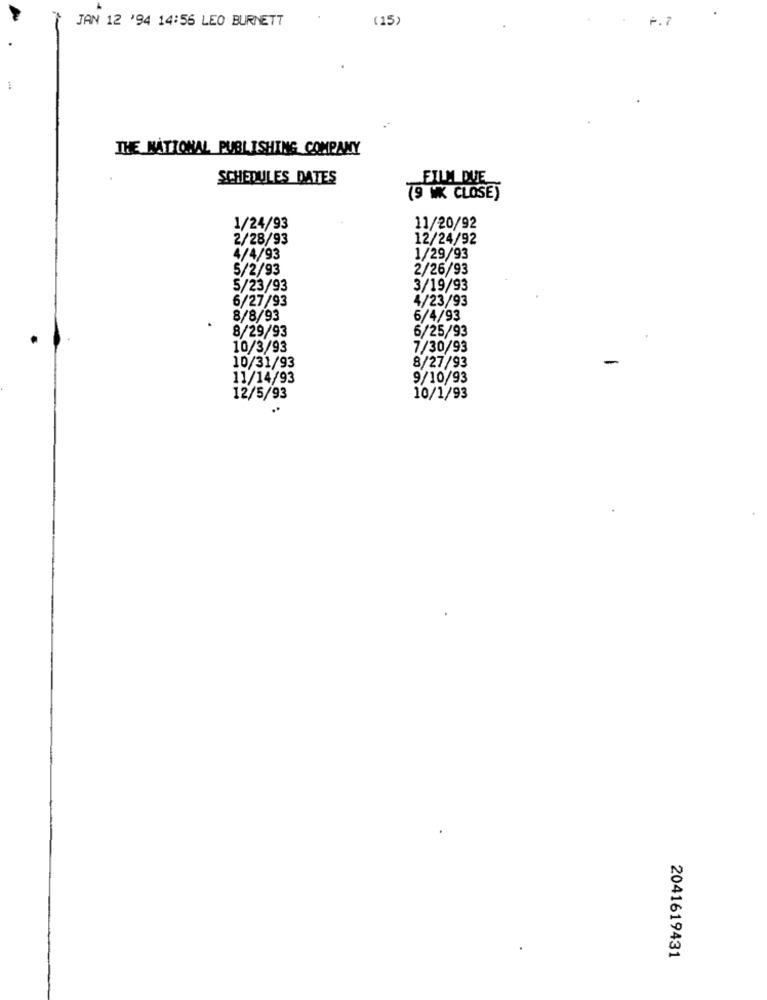
JAN 12 '94 14:56 LEO BURNETT
(15)
P.7
THE NATIONAL PUBLISHING COMPANY
SCHEDULES DATES
FILM DUE
(9 W CLOSE)
1/24/93
11/20/92
2/28/93
12/24/92
4/4/93
1/29/93
5/2/93
2/26/93
5/23/93
3/19/93
6/27/93
4/23/93
8/8/93
6/4/93
8/29/93
6/25/93
10/3/93
7/30/93
10/31/93
8/27/93
11/14/93
9/10/93
12/5/93
10/1/93
2041619431